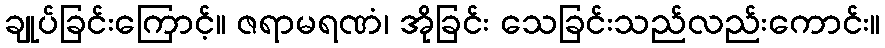
ချုပ်ခြင်းကြောင့်။ ဇရာမရဏံ၊ အိုခြင်း သေခြင်းသည်လည်းကောင်း။